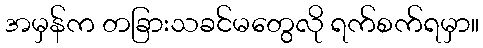
အမှန်က တခြားသခင်မတွေလို ရက်စက်ရမှာ။